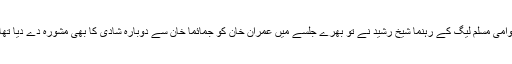
عوامی مسلم لیگ کے رہنما شیخ رشید نے تو بھرے جلسے میں عمران خان کو جمائما خان سے دوبارہ شادی کا بھی مشورہ دے دیا تھا ۔